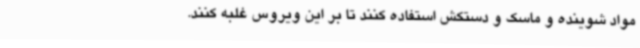
مواد شوینده و ماسک و دستکش استفاده کنند تا بر این ویروس غلبه کنند.